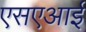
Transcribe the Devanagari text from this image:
एसएआई